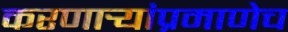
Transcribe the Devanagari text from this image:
करणार्‍यांप्रमाणेच